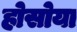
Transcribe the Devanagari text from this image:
होसोया